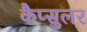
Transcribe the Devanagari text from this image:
कैप्सुलर